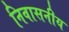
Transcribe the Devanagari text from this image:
निवासनीय